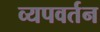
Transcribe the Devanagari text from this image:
व्यपवर्तन